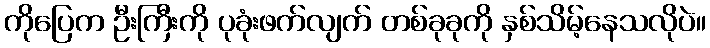
ကိုပြေက ဦးကြီးကို ပုခုံးဖက်လျက် တစ်ခုခုကို နှစ်သိမ့်နေသလိုပဲ။